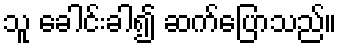
သူ ခေါင်းခါ၍ ဆက်ပြောသည်။